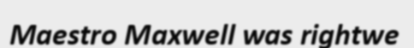
Maestro Maxwell was rightwe